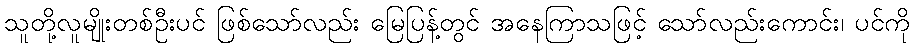
သူတို့လူမျိုးတစ်ဦးပင် ဖြစ်သော်လည်း မြေပြန့်တွင် အနေကြာသဖြင့် သော်လည်းကောင်း၊ ပင်ကို